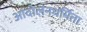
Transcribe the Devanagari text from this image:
आंदोलनधर्मिता